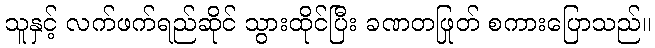
သူနှင့် လက်ဖက်ရည်ဆိုင် သွားထိုင်ပြီး ခဏတဖြုတ် စကားပြောသည်။